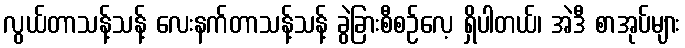
လွယ်တာသန့်သန့် လေးနက်တာသန့်သန့် ခွဲခြားစီစဉ်လေ့ ရှိပါတယ်၊ အဲဒီ စာအုပ်များ